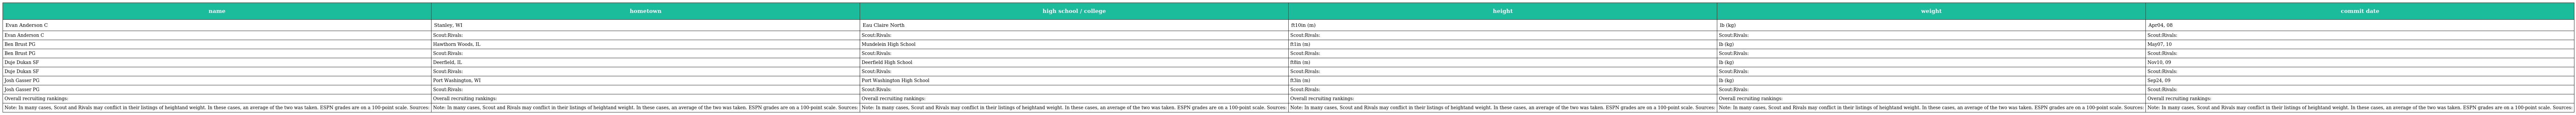
| name | hometown | high school / college | height | weight | commit date |
 | --- | --- | --- | --- | --- | --- |
 | Evan Anderson C | Stanley, WI | Eau Claire North | ft10in (m) | lb (kg) | Apr04, 08 |
 | Evan Anderson C | Scout:Rivals: | Scout:Rivals: | Scout:Rivals: | Scout:Rivals: | Scout:Rivals: |
 | Ben Brust PG | Hawthorn Woods, IL | Mundelein High School | ft1in (m) | lb (kg) | May07, 10 |
 | Ben Brust PG | Scout:Rivals: | Scout:Rivals: | Scout:Rivals: | Scout:Rivals: | Scout:Rivals: |
 | Duje Dukan SF | Deerfield, IL | Deerfield High School | ft8in (m) | lb (kg) | Nov10, 09 |
 | Duje Dukan SF | Scout:Rivals: | Scout:Rivals: | Scout:Rivals: | Scout:Rivals: | Scout:Rivals: |
 | Josh Gasser PG | Port Washington, WI | Port Washington High School | ft3in (m) | lb (kg) | Sep24, 09 |
 | Josh Gasser PG | Scout:Rivals: | Scout:Rivals: | Scout:Rivals: | Scout:Rivals: | Scout:Rivals: |
 | Overall recruiting rankings: | Overall recruiting rankings: | Overall recruiting rankings: | Overall recruiting rankings: | Overall recruiting rankings: | Overall recruiting rankings: |
 | Note: In many cases, Scout and Rivals may conflict in their listings of heightand weight. In these cases, an average of the two was taken. ESPN grades are on a 100-point scale. Sources: | Note: In many cases, Scout and Rivals may conflict in their listings of heightand weight. In these cases, an average of the two was taken. ESPN grades are on a 100-point scale. Sources: | Note: In many cases, Scout and Rivals may conflict in their listings of heightand weight. In these cases, an average of the two was taken. ESPN grades are on a 100-point scale. Sources: | Note: In many cases, Scout and Rivals may conflict in their listings of heightand weight. In these cases, an average of the two was taken. ESPN grades are on a 100-point scale. Sources: | Note: In many cases, Scout and Rivals may conflict in their listings of heightand weight. In these cases, an average of the two was taken. ESPN grades are on a 100-point scale. Sources: | Note: In many cases, Scout and Rivals may conflict in their listings of heightand weight. In these cases, an average of the two was taken. ESPN grades are on a 100-point scale. Sources: |